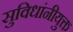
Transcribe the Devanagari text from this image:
सुविधांनीयुक्त